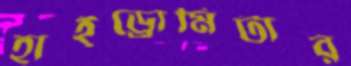
হাইড্রোমিটার